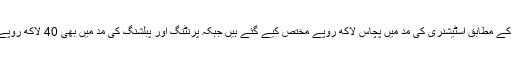
اسمبلی بجٹ دستاویزات کے مطابق اسٹیشنری کی مد میں پچاس لاکھ روپے مختص کیے گئے ہیں جبکہ پرنٹنگ اور پبلشنگ کی مد میں بھی 40 لاکھ روپے مختص کیے گئے ہیں۔